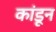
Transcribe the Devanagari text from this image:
कांडून